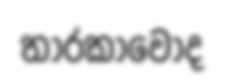
තාරකාවෝද